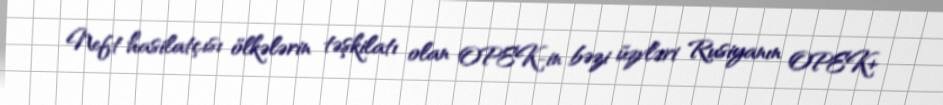
Neft hasilatçısı ölkələrin təşkilatı olan OPEK-in bəzi üzvləri Rusiyanın OPEK+